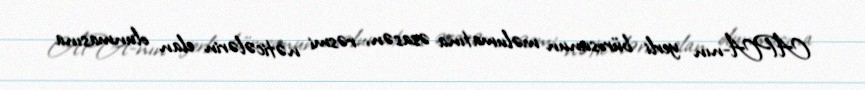
APA-nın yerli bürosunun məlumatına əsasən, rəsmi nəticələrin elan olunmasına